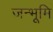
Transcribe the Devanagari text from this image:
जन्भूमि